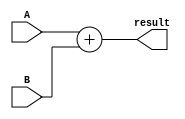
`timescale 1ns / 1ps
module adder(
	input [31:0] A,B,
  output reg [31:0] result
);

	always @ (*) begin
		result <= A+B;
	end
endmodule